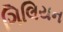
ગિલિયન